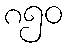
၈၅၀